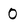
Character: 0